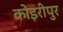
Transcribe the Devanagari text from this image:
कोइरीपुर